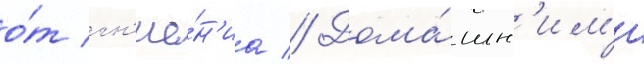
о́т гн'ие́н'иа // Дома́шн'им'и